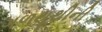
ગળથૂથીની